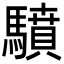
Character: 𩦥